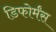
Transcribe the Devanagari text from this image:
डिफोर्मंस